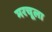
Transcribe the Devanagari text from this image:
मरचूला